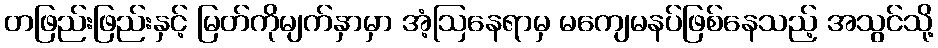
တဖြည်းဖြည်းနှင့် မြတ်ကိုမျက်နှာမှာ အံ့ဩနေရာမှ မကျေမနပ်ဖြစ်နေသည့် အသွင်သို့